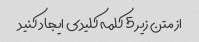
از متن زیر 5 کلمه کلیدی ایجاد کنید